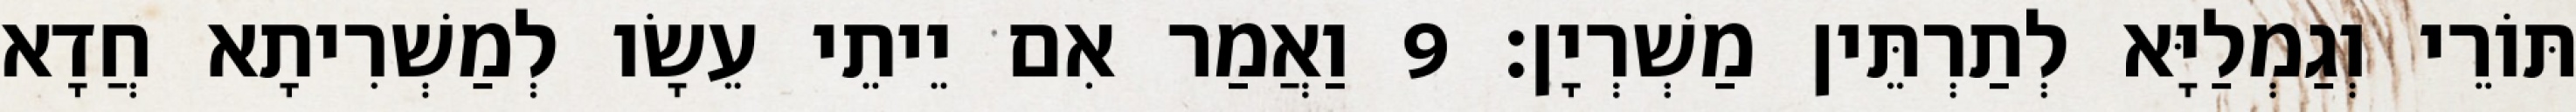
תּוֹרֵי וְגַמְלַיָּא לְתַרְתֵּין מַשְׁרְיָן׃ 9 וַאֲמַר אִם יֵיתֵי עֵשָׂו לְמַשְׁרִיתָא חֲדָא